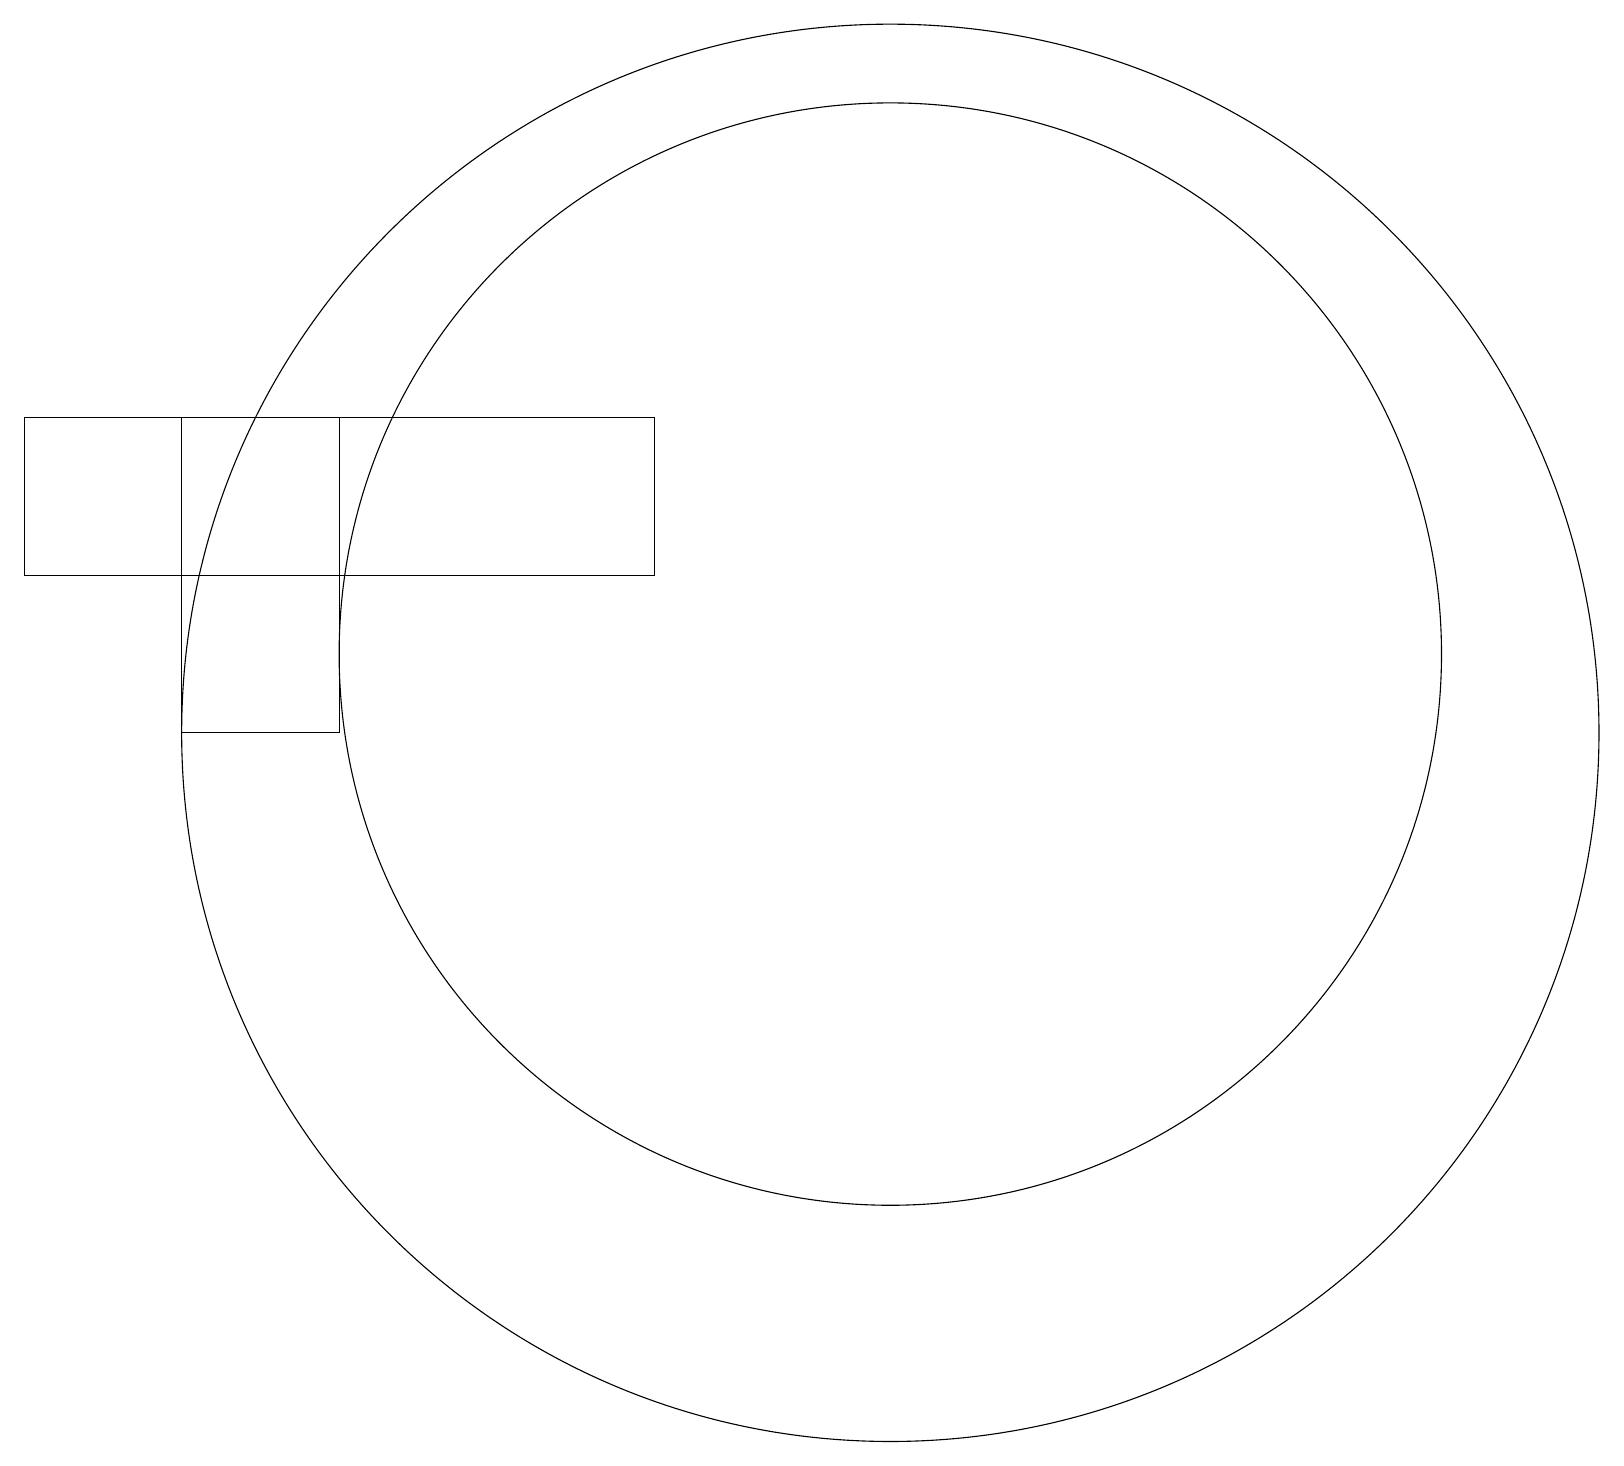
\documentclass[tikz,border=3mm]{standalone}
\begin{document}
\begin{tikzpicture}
\draw (2,11) rectangle (4,15);
\draw (11,11) circle (9);
\draw (11,12) circle (7);
\draw (0,13) rectangle (8,15);
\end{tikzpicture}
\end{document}